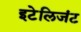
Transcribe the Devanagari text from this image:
इटेलिजंट